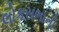
લોકસભાની